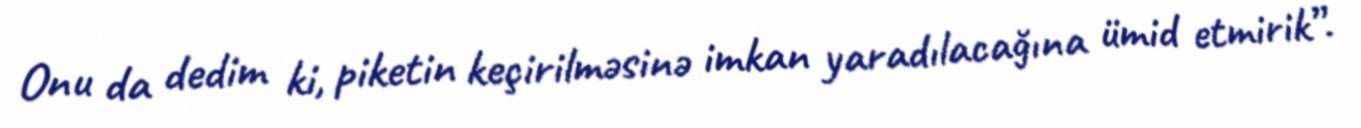
Onu da dedim ki, piketin keçirilməsinə imkan yaradılacağına ümid etmirik”.